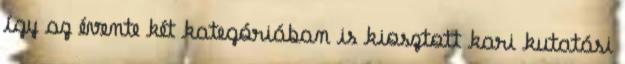
így az évente két kategóriában is kiosztott kari kutatási